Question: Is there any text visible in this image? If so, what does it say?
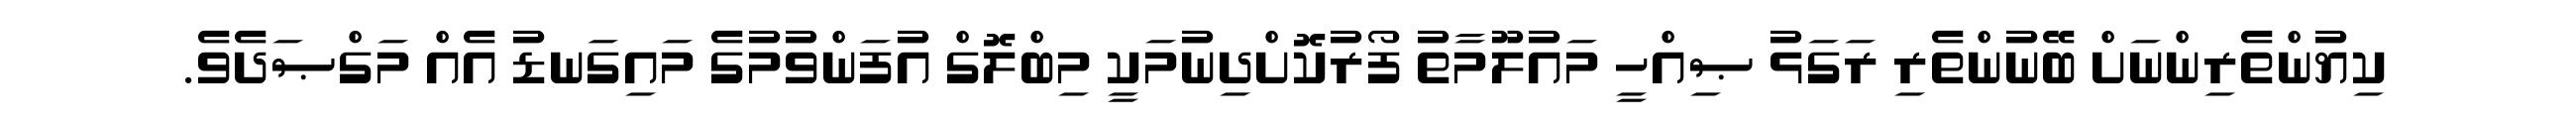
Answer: ކިޔުންތެރިންނަށް ބޭނުންތެރި ރަގަޅު ޞިއްހީ މައުލޫމާތު ފޯރުކޮށްދިނުމަކީ މިބްލޮގް އުފަންވުމުގެ މައިގަނޑު އެއް މަގްޞަދެވެ.